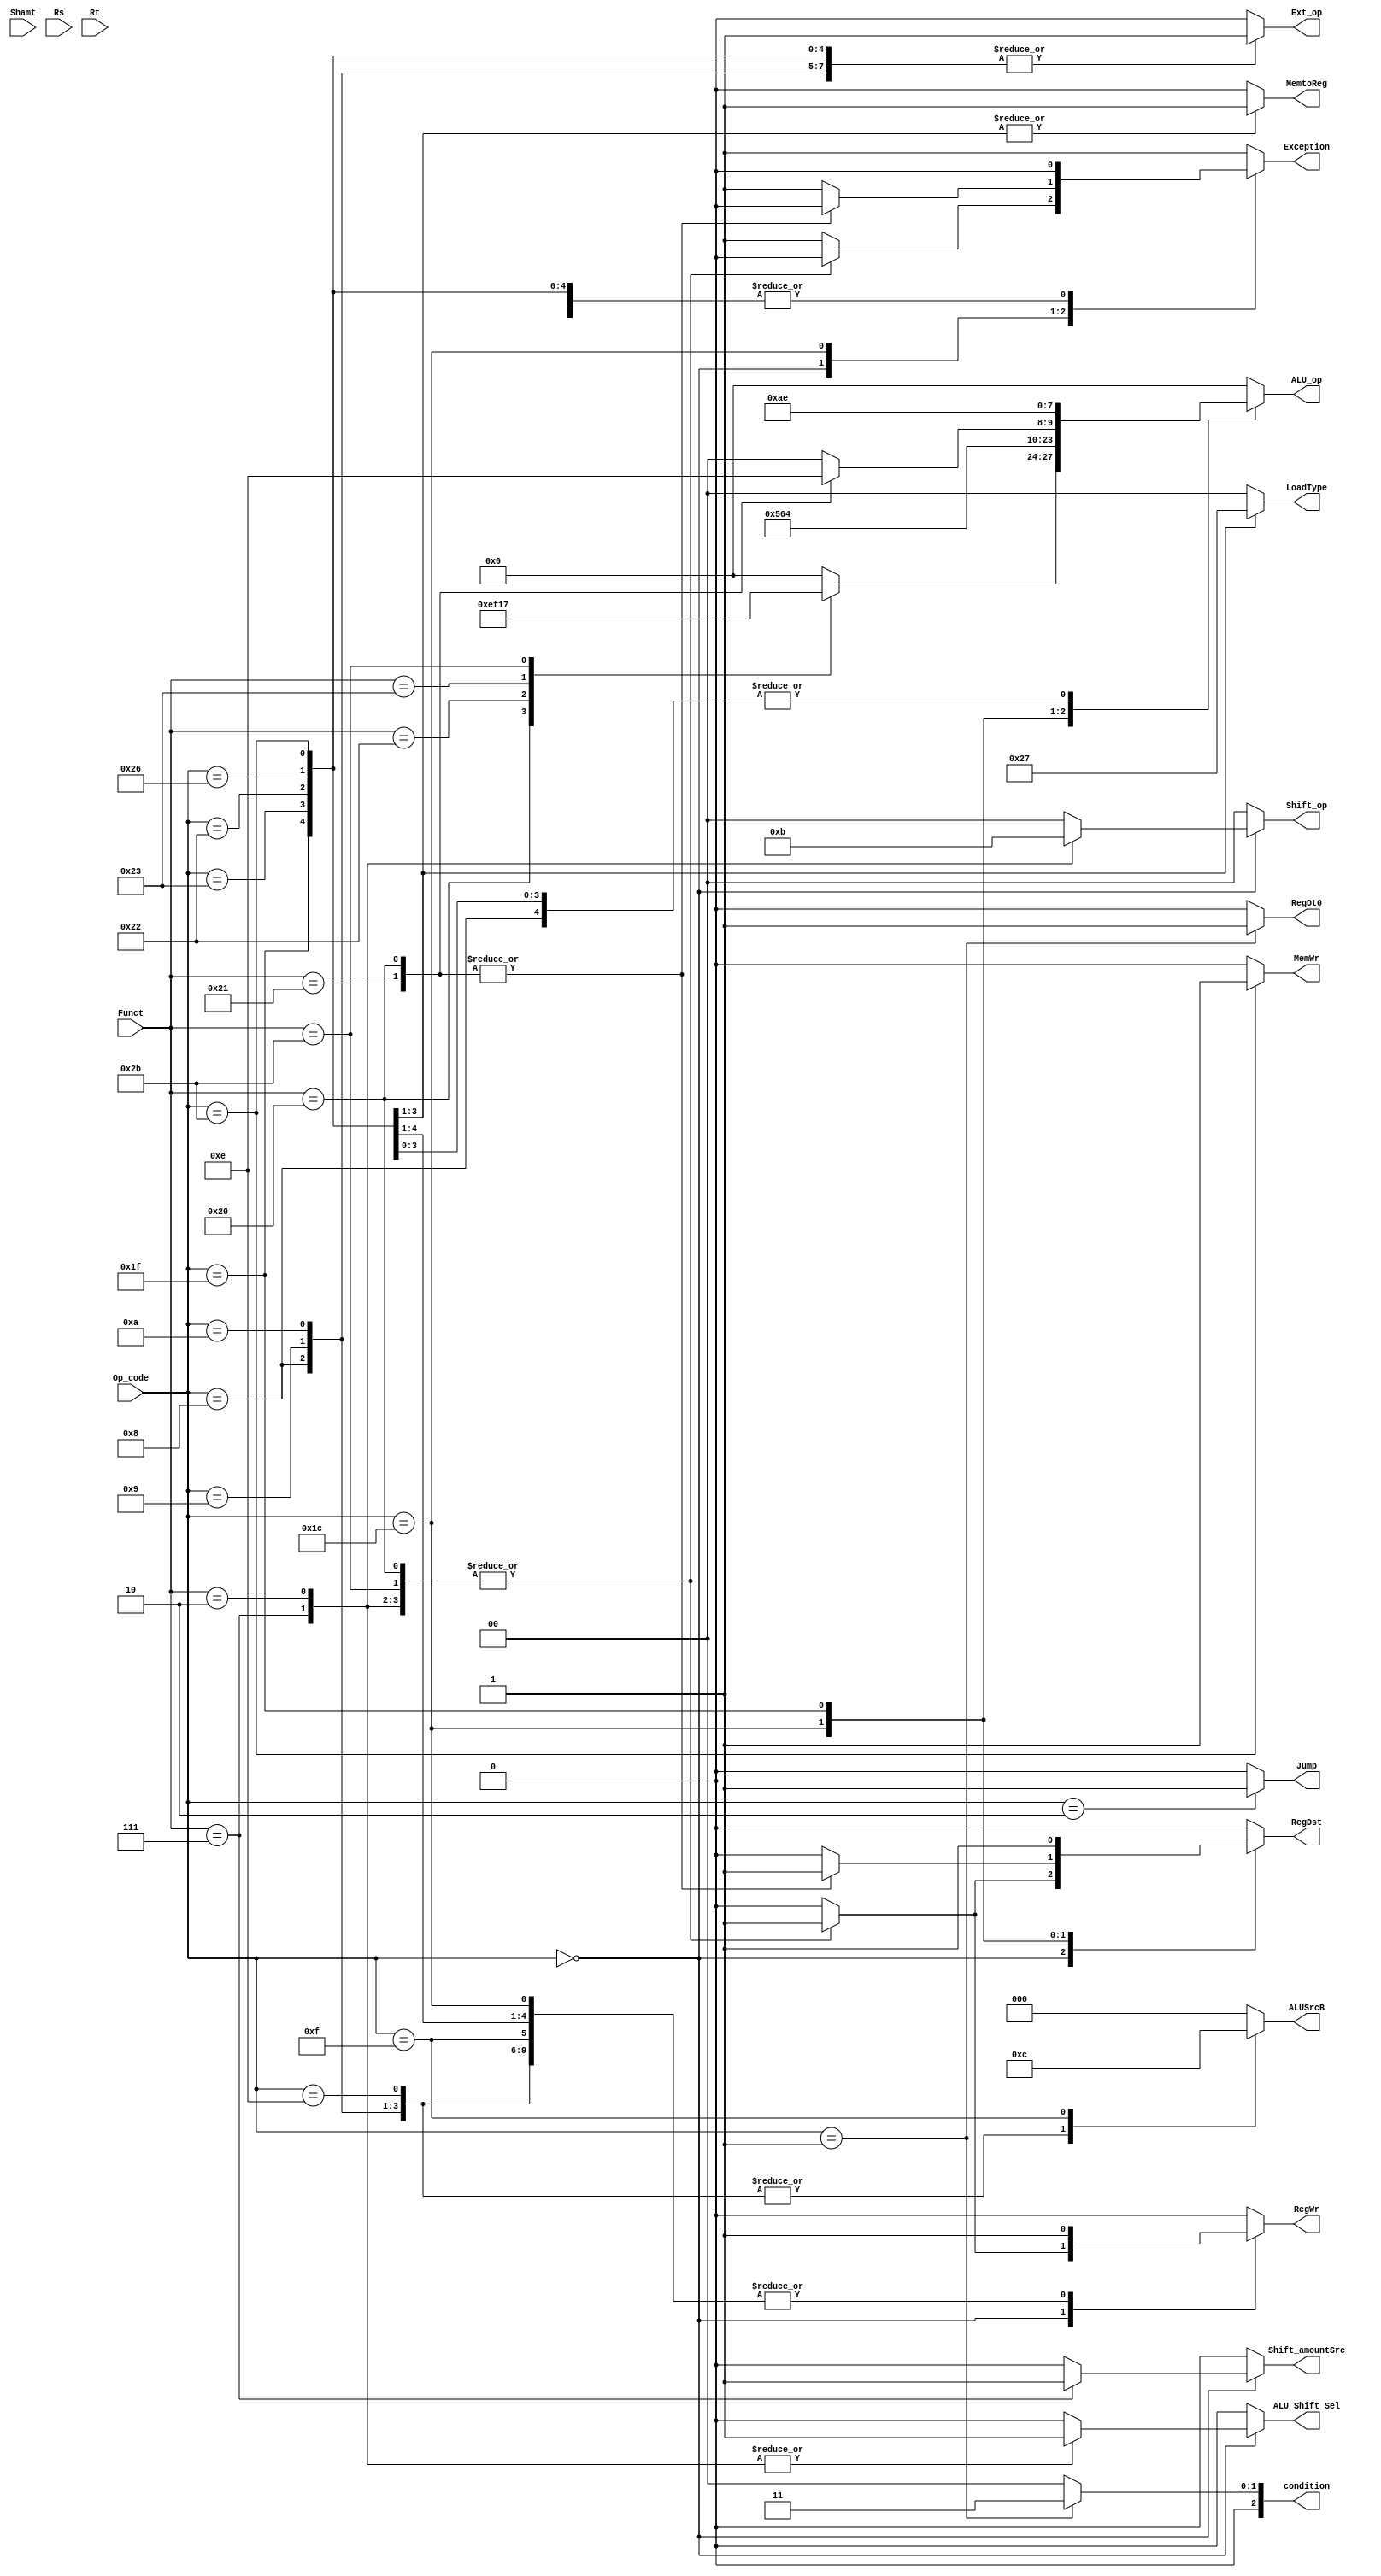
module Controller (
	input [5:0] Op_code, Funct,
	input [4:0] Shamt, Rs, Rt,
	output reg Ext_op, RegDst, Shift_amountSrc, Jump, ALU_Shift_Sel, RegDt0,
	output reg [3:0] ALU_op,
	output reg [1:0] Shift_op, 
	output reg [2:0] ALUSrcB,
	output reg [2:0] condition,
	output reg [1:0] LoadType,
	output reg RegWr, MemWr, MemtoReg, Exception
);

	always @ (*)
	begin
		case (Op_code)
			6'b000000:
			begin
				case (Funct)
					6'b100000:
					begin
						ALUSrcB = 3'd0;
						ALU_op = 4'b1110;
						RegDst = 1'b1;
						Jump = 1'b0;
						ALU_Shift_Sel = 1'b0;
						condition = 3'd0;
						RegDt0 = 1'b0;
						Ext_op=1'b0;
						Shift_amountSrc=1'b0;
						Shift_op=2'b0;
						LoadType=2'b00;
						RegWr=1'b1;
						MemWr=1'b0;
						MemtoReg=1'b0;
						Exception=1'b0;
					end
					6'b100010:
					begin
						ALUSrcB = 3'd0;
						ALU_op = 4'b1111;
						RegDst = 1'b1;
						Jump = 1'b0;
						ALU_Shift_Sel = 1'b0;
						condition = 3'd0;
						RegDt0 = 1'b0;
						Ext_op=1'b0;
						Shift_amountSrc=1'b0;
						Shift_op=2'b0;
						LoadType=2'b00;
						RegWr=1'b1;
						MemWr=1'b0;
						MemtoReg=1'b0;
						Exception=1'b0;
					end
					6'b100011:
					begin
						ALUSrcB = 3'd0;
						ALU_op = 4'b0001;
						RegDst = 1'b1;
						Jump = 1'b0;
						ALU_Shift_Sel = 1'b0;
						condition = 3'd0;
						RegDt0 = 1'b0;
						Ext_op=1'b0;
						Shift_amountSrc=1'b0;
						Shift_op=2'b0;
						LoadType=2'b00;
						RegWr=1'b1;
						MemWr=1'b0;
						MemtoReg=1'b0;
						Exception=1'b0;
					end
					6'b000111:
					begin
						ALUSrcB = 3'd0;
						ALU_op=4'b0;
						RegDst = 1'b1;
						Shift_amountSrc = 1'b1;
						Jump = 1'b0;
						ALU_Shift_Sel = 1'b1;
						Shift_op = 2'd2;
						condition = 3'd0;
						RegDt0 = 1'b0;
						Ext_op=1'b0;
						LoadType=2'b00;
						RegWr=1'b1;
						MemWr=1'b0;
						MemtoReg=1'b0;
						Exception=1'b0;
					end
					6'b000010:
					begin
						ALUSrcB = 3'd0;
						ALU_op=4'b0;
						RegDst = 1'b1;
						Shift_amountSrc = 1'b0;
						Jump = 1'b0;
						ALU_Shift_Sel = 1'b1;
						Shift_op = 2'd3;
						condition = 3'd0;
						RegDt0 = 1'b0;
						Ext_op=1'b0;
						LoadType=2'b00;
						RegWr=1'b1;
						MemWr=1'b0;
						MemtoReg=1'b0;
						Exception=1'b0;
					end
					6'b101011:
					begin
						ALUSrcB = 3'd0;
						ALU_op = 4'b0111;
						RegDst = 1'b1;
						Jump = 1'b0;
						Shift_amountSrc = 1'b0;
						Shift_op=2'b0;
						ALU_Shift_Sel = 1'b0;
						condition = 3'd0;
						RegDt0 = 1'b0;
						Ext_op=1'b0;
						LoadType=2'b00;
						RegWr=1'b1;
						MemWr=1'b0;
						MemtoReg=1'b0;
						Exception=1'b0;
					end
					default:
					begin
						ALUSrcB = 3'd0;
						ALU_op=4'b0;
						RegDst=1'b0;
						Jump = 1'b0;
						Shift_amountSrc=1'b0;
						Shift_op=2'b0;
						ALU_Shift_Sel=1'b0;
						condition = 3'd0;
						RegDt0=1'b0;
						Ext_op=1'b0;
						LoadType=2'b00;
						RegWr=1'b0;
						MemWr=1'b0;
						MemtoReg=1'b0;
						Exception=1'b1;
					end
				endcase
			end
			6'b000001:
			begin
				ALUSrcB = 3'd0;
				ALU_op = 4'b0001;
				RegDst=1'b0;
				Jump = 1'b0;
				Shift_amountSrc=1'b0;
				Shift_op=2'b0;
				ALU_Shift_Sel=1'b0;
				condition = 3'd3;
				RegDt0 = 1'b1;
				Ext_op = 1'b1;
				LoadType=2'b00;
				RegWr=1'b1;
				MemWr=1'b0;
				MemtoReg=1'b0;
				Exception=1'b0;
			end
			6'b000010:
			begin
				ALUSrcB = 3'd0;
				ALU_op = 4'b0000;
				RegDst=1'b0;
				Jump = 1'b1;
				Shift_amountSrc=1'b0;
				Shift_op=2'b0;
				ALU_Shift_Sel=1'b0;
				condition = 3'd0;
				RegDt0 = 1'b0;
				Ext_op = 1'b0;
				LoadType=2'b00;
				RegWr=1'b1;
				MemWr=1'b0;
				MemtoReg=1'b0;
				Exception=1'b0;
			end
			6'b001000:
			begin
				ALUSrcB = 3'd1;
				ALU_op = 4'b1110;
				RegDst = 1'b0;
				Jump = 1'b0;
				Shift_amountSrc=1'b0;
				Shift_op=2'b0;
				ALU_Shift_Sel = 1'b0;
				condition = 3'd0;
				RegDt0 = 1'b0;
				Ext_op = 1'b1;
				LoadType=2'b00;
				RegWr=1'b1;
				MemWr=1'b0;
				MemtoReg=1'b0;
				Exception=1'b0;
			end
			6'b001001:
			begin
				ALUSrcB = 3'd1;
				ALU_op = 4'b0000;
				RegDst = 1'b0;
				Jump = 1'b0;
				Shift_amountSrc=1'b0;
				Shift_op=2'b0;
				ALU_Shift_Sel = 1'b0;
				condition = 3'd0;
				RegDt0 = 1'b0;
				Ext_op = 1'b1;
				LoadType=2'b00;
				RegWr=1'b1;
				MemWr=1'b0;
				MemtoReg=1'b0;
				Exception=1'b0;
			end
			6'b001010:
			begin
				ALUSrcB = 3'd1;
				ALU_op = 4'b0101;
				RegDst = 1'b0;
				Jump = 1'b0;
				Shift_amountSrc=1'b0;
				Shift_op=2'b0;
				ALU_Shift_Sel = 1'b0;
				condition = 3'd0;
				RegDt0 = 1'b0;
				Ext_op = 1'b1;
				LoadType=2'b00;
				RegWr=1'b1;
				MemWr=1'b0;
				MemtoReg=1'b0;
				Exception=1'b0;
			end
			6'b001110:
			begin
				ALUSrcB = 3'd1;
				ALU_op = 4'b1001;
				RegDst = 1'b0;
				Jump = 1'b0;
				Shift_amountSrc=1'b0;
				Shift_op=2'b0;
				ALU_Shift_Sel = 1'b0;
				condition = 3'd0;
				RegDt0 = 1'b0;
				Ext_op = 1'b0;
				LoadType=2'b00;
				RegWr=1'b1;
				MemWr=1'b0;
				MemtoReg=1'b0;
				Exception=1'b0;
			end
			6'b001111:
			begin
				ALUSrcB = 3'd4;
				ALU_op = 4'b0000;
				RegDst = 1'b0;
				Jump = 1'b0;
				Shift_amountSrc=1'b0;
				Shift_op=2'b0;
				ALU_Shift_Sel = 1'b0;
				condition = 3'd0;
				RegDt0 = 1'b0;
				Ext_op = 1'b0;
				LoadType=2'b00;
				RegWr=1'b1;
				MemWr=1'b0;
				MemtoReg=1'b0;
				Exception=1'b0;
			end
			6'b011100:
			begin
				case (Funct)
					6'b100001:
					begin
						ALUSrcB=3'b0;
						ALU_op = 4'b0011;
						RegDst = 1'b1;
						Jump = 1'b0;
						Shift_amountSrc=1'b0;
						Shift_op=2'b0;
						ALU_Shift_Sel = 1'b0;
						condition = 3'd0;
						RegDt0=1'b0;
						Ext_op=1'b0;
						LoadType=2'b00;
						RegWr=1'b1;
						MemWr=1'b0;
						MemtoReg=1'b0;
						Exception=1'b0;
					end
					6'b100000:
					begin
						ALUSrcB=3'b0;
						ALU_op = 4'b0010;
						RegDst = 1'b1;
						Jump = 1'b0;
						Shift_amountSrc=1'b0;
						Shift_op=2'b0;
						ALU_Shift_Sel = 1'b0;
						condition = 3'd0;
						RegDt0=1'b0;
						Ext_op=1'b0;
						LoadType=2'b00;
						RegWr=1'b1;
						MemWr=1'b0;
						MemtoReg=1'b0;
						Exception=1'b0;
					end
					default:
					begin
						ALUSrcB=3'b0;
						ALU_op = 4'b0000;
						RegDst = 1'b0;
						Jump = 1'b0;
						Shift_amountSrc=1'b0;
						Shift_op=2'b0;
						ALU_Shift_Sel = 1'b0;
						condition = 3'd0;
						RegDt0=1'b0;
						Ext_op=1'b0;
						LoadType=2'b00;
						RegWr=1'b1;
						MemWr=1'b0;
						MemtoReg=1'b0;
						Exception=1'b1;
					end
				endcase
			end
			6'b011111:
			begin
				ALUSrcB = 3'd0;
				ALU_op = 4'b1010;
				RegDst = 1'b1;
				Jump = 1'b0;
				Shift_amountSrc=1'b0;
				Shift_op=2'b0;
				ALU_Shift_Sel = 1'b0;
				condition = 3'd0;
				RegDt0=1'b0;
				Ext_op = 1'b1;
				LoadType=2'b00;
				RegWr=1'b1;
				MemWr=1'b0;
				MemtoReg=1'b0;
				Exception=1'b0;
			end
			6'b100011:
			begin
				ALUSrcB = 3'd0;
				ALU_op = 4'b1110;
				RegDst = 1'b0;
				Jump = 1'b0;
				Shift_amountSrc=1'b0;
				Shift_op=2'b0;
				ALU_Shift_Sel = 1'b0;
				condition = 3'd0;
				RegDt0 = 1'b0;
				Ext_op = 1'b1;
				LoadType=2'b10;
				RegWr = 1'b1;
				MemWr=1'b0;
				MemtoReg=1'b1;
				Exception=1'b0;
			end
			6'b100010:
			begin
				ALUSrcB = 3'd0;
				ALU_op = 4'b1110;
				RegDst = 1'b0;
				Jump = 1'b0;
				Shift_amountSrc=1'b0;
				Shift_op=2'b0;
				ALU_Shift_Sel = 1'b0;
				condition = 3'd0;
				RegDt0 = 1'b0;
				Ext_op = 1'b1;
				LoadType=2'b01;
				RegWr = 1'b1;
				MemWr=1'b0;
				MemtoReg=1'b1;
				Exception=1'b0;
			end
			6'b100110:
			begin
				ALUSrcB = 3'd0;
				ALU_op = 4'b1110;
				RegDst = 1'b0;
				Jump = 1'b0;
				Shift_amountSrc=1'b0;
				Shift_op=2'b0;
				ALU_Shift_Sel = 1'b0;
				condition = 3'd0;
				RegDt0 = 1'b0;
				Ext_op = 1'b1;
				LoadType=2'b11;
				RegWr = 1'b1;
				MemWr=1'b0;
				MemtoReg=1'b1;
				Exception=1'b0;
			end
			6'b101011:
			begin
				ALUSrcB = 3'd0;
				ALU_op = 4'b1110;
				RegDst = 1'b0;
				Jump = 1'b0;
				Shift_amountSrc=1'b0;
				Shift_op=2'b0;
				ALU_Shift_Sel = 1'b0;
				condition = 3'd0;
				RegDt0 = 1'b0;
				Ext_op = 1'b1;
				LoadType=2'b00;
				RegWr=1'b0;
				MemWr=1'b1;
				MemtoReg=1'b0;
				Exception=1'b0;
			end
			default:
			begin
				ALUSrcB= 3'b0;
				ALU_op = 4'b0000;
				RegDst = 1'b0;
				Jump = 1'b0;
				Shift_amountSrc=1'b0;
				Shift_op=2'b0;
				ALU_Shift_Sel = 1'b0;
				condition = 3'd0;
				RegDt0=1'b0;
				Ext_op=1'b0;
				LoadType=2'b00;
				RegWr=1'b0;
				MemWr=1'b0;
				MemtoReg=1'b0;
				Exception=1'b1;
			end
		endcase
	end
endmodule